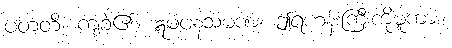
ပတတိ၊ ကျခဲ့၏။ ဣမံပနသမဏံ၊ ဤရဟန်းကြီးကိုမူကား။